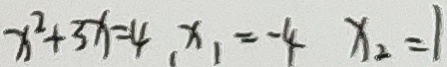
x ^ { 2 } + 3 x = 4 x _ { 1 } = - 4 x _ { 2 } = 1